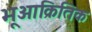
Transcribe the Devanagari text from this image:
भूआक्रितिक